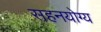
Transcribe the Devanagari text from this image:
सहनयोग्य